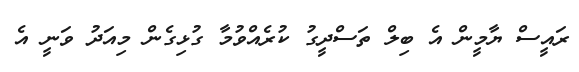
ރައީސް ޔާމީން އެ ބިލް ތަސްދީގު ކުރެއްވުމާ ގުޅިގެން މިއަދު ވަނީ އެ